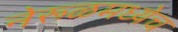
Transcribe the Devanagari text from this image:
नेरूळमध्येच